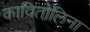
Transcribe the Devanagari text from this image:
कावितोलिना